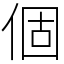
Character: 個